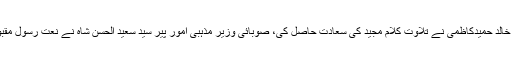
تقریب کا آغاز تلاوت کلام پاک سے کیا گیا، قاری سید خالد حمیدکاظمی نے تلاوت کلام مجید کی سعادت حاصل کی، صوبائی وزیر مذہبی امور پیر سید سعید الحسن شاہ نے نعت رسول مقبول صلی اللہ علیہ وآلہ وسلم پیش کر کے سماں باندھ دیا۔